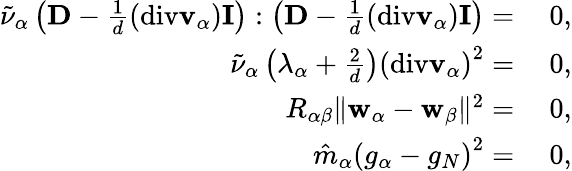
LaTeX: \begin{array}{rl}{\tilde{\nu}_{\alpha}\left(\mathbf{D}-\frac{1}{d}(\mathrm{div}\mathbf{v}_{\alpha})\mathbf{I}\right):\left(\mathbf{D}-\frac{1}{d}(\mathrm{div}\mathbf{v}_{\alpha})\mathbf{I}\right)=}&{~0,}\\ {\tilde{\nu}_{\alpha}\left(\lambda_{\alpha}+\frac{2}{d}\right)\left(\mathrm{div}\mathbf{v}_{\alpha}\right)^{2}=}&{~0,}\\ {R_{\alpha{\beta}}\| \mathbf{w}_{\alpha}-\mathbf{w}_{\beta}\| ^{2}=}&{~0,}\\ {\hat{m}_{\alpha}\left(g_{\alpha}-g_{N}\right)^{2}=}&{~0,}\end{array}